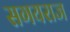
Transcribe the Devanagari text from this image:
सगयराज